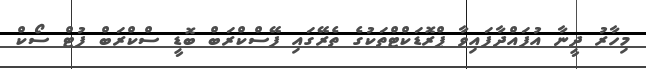
މިހާރު ދީނާ އުފައްދާފައިވާ ޕްރޮޑަކްޓްތަކުގެ ތެރޭގައި ފޭސްކްރަބް ބޮޑީ ސްކްރަބް ފުޓް ސޯކް